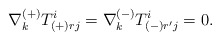
\begin{align*}\nabla_{k}^{(+)} T^{i}_{(+)rj} =\nabla^{(-)}_k T^{i}_{(-)r'j} =0 .\end{align*}